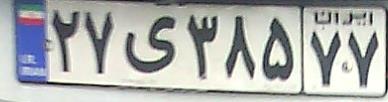
۲۷ی۳۸۵۷۷